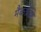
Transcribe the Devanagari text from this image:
मैकग्रेडी